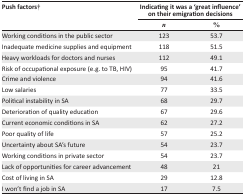
<table><thead><tr><td><b>Push factors†</b></td><td colspan="2"><b>Indicating it was a ‘great influence’ on their emigration decisions</b></td></tr><tr><td></td><td><b><i>n</i></b></td><td><b>%</b></td></tr></thead><tbody><tr><td>Working conditions in the public sector</td><td>123</td><td>53.7</td></tr><tr><td>Inadequate medicine supplies and equipment</td><td>118</td><td>51.5</td></tr><tr><td>Heavy workloads for doctors and nurses</td><td>112</td><td>49.1</td></tr><tr><td>Risk of occupational exposure (e.g. to TB, HIV)</td><td>95</td><td>41.7</td></tr><tr><td>Crime and violence</td><td>94</td><td>41.6</td></tr><tr><td>Low salaries</td><td>77</td><td>33.5</td></tr><tr><td>Political instability in SA</td><td>68</td><td>29.7</td></tr><tr><td>Deterioration of quality education</td><td>67</td><td>29.6</td></tr><tr><td>Current economic conditions in SA</td><td>62</td><td>27.2</td></tr><tr><td>Poor quality of life</td><td>57</td><td>25.2</td></tr><tr><td>Uncertainty about SA&#x27;s future</td><td>54</td><td>23.7</td></tr><tr><td>Working conditions in private sector</td><td>54</td><td>23.7</td></tr><tr><td>Lack of opportunities for career advancement</td><td>48</td><td>21</td></tr><tr><td>Cost of living in SA</td><td>29</td><td>12.8</td></tr><tr><td>I won&#x27;t find a job in SA</td><td>17</td><td>7.5</td></tr></tbody></table>